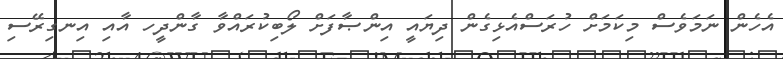
އެހެން ނަމަވެސް މިކަމަށް ހުރަސްއެޅިގެން ދިޔައީ އިންޞާފަށް ލޯބިކުރައްވާ ގާންދީހ އާއި އިނގިރޭސި